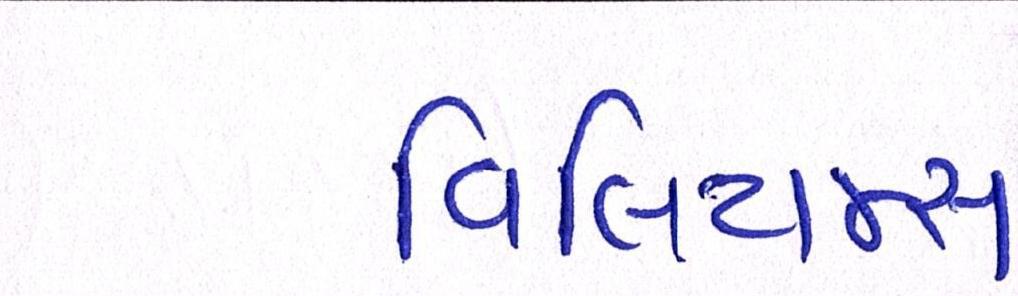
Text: વિલિયમ્સ